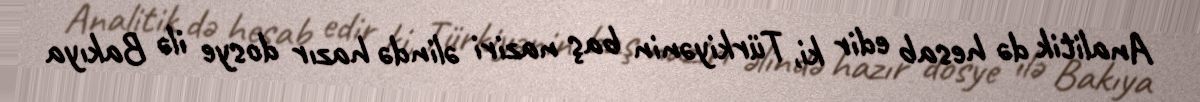
Analitik də hesab edir ki, Türkiyənin baş naziri əlində hazır dosye ilə Bakıya